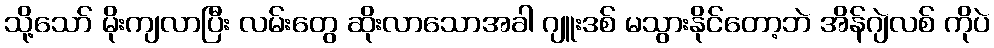
သို့သော် မိုးကျလာပြီး လမ်းတွေ ဆိုးလာသောအခါ ဂျူးဒစ် မသွားနိုင်တော့ဘဲ အိန်ဂျဲလစ် ကိုပဲ